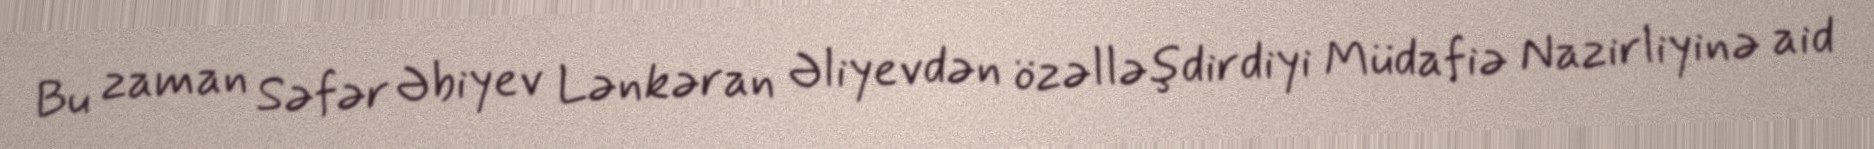
Bu zaman Səfər Əbiyev Lənkəran Əliyevdən özəlləşdirdiyi Müdafiə Nazirliyinə aid